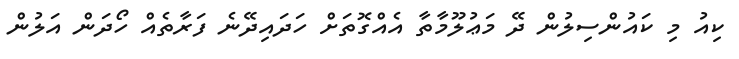
ކިއު މި ކައުންސިލުން ދޭ މަޢުލޫމާތާ އެއްގޮތަށް ހަދައިދޭނެ ފަރާތެއް ހޯދަން އަލުން